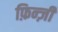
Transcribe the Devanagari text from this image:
फ़िन्ज़ी